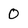
Character: 0